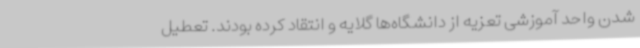
شدن واحد آموزشی تعزیه از دانشگاه‌ها گلایه و انتقاد کرده بودند. تعطیل